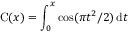
\operatorname { C } ( x ) = \int _ { 0 } ^ { x } \cos ( \pi t ^ { 2 } / 2 ) \, \mathrm { d } t